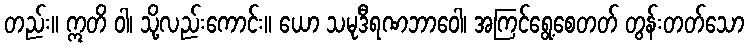
တည်း။ ဣတိ ဝါ၊ သို့လည်းကောင်း။ ယော သမုဒီရဏဘာဝေါ၊ အကြင်ရွေ့စေတတ် တွန်းတတ်သော